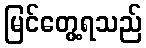
မြင်တွေ့ရသည်